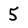
Character: 5